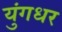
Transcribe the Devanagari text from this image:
युंगधर